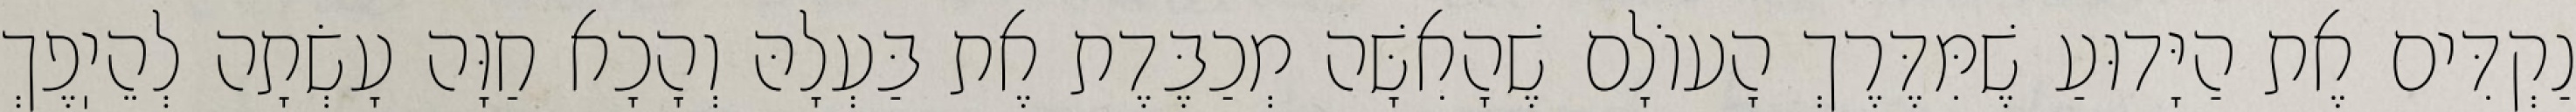
נַקְדִּים אֶת הַיָּדוּעַ שֶׁמִּדֶּרֶךְ הָעוֹלָם שֶׁהָאִשָּׁה מְכַבֶּדֶת אֶת בַּעְלָהּ וְהָכָא חַוָּה עָשְׂתָה לְהֵיֽפֶךְ